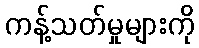
ကန့်သတ်မှုများကို